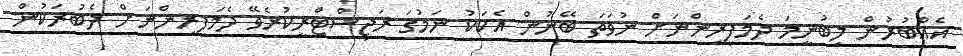
އެއްބުރުން ލިބުނީމަ ދެމަފިރިންނަށް ނުވަތަ ބޭނުން އެކަކު ނަމުގަ ރަޖިސްޓްރީކުރެވޭ ދެމަފިރިންނަށް ދެބުރަކުން